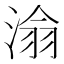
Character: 𪶡